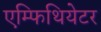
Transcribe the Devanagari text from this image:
एम्फिथियेटर